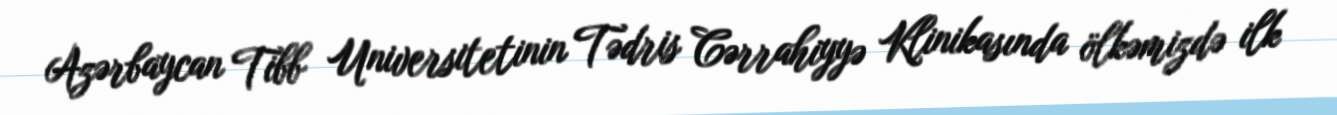
Azərbaycan Tibb Universitetinin Tədris Cərrahiyyə Klinikasında ölkəmizdə ilk